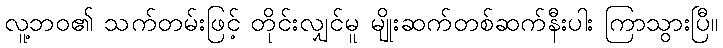
လူ့ဘဝ၏ သက်တမ်းဖြင့် တိုင်းလျှင်မူ မျိုးဆက်တစ်ဆက်နီးပါး ကြာသွားပြီ။